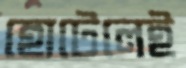
হোটেলেই